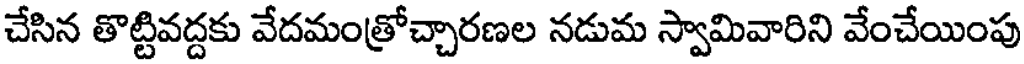
చేసిన తొట్టివద్దకు వేదమంత్రోచ్చారణల నడుమ స్వామివారిని వేంచేయింపు